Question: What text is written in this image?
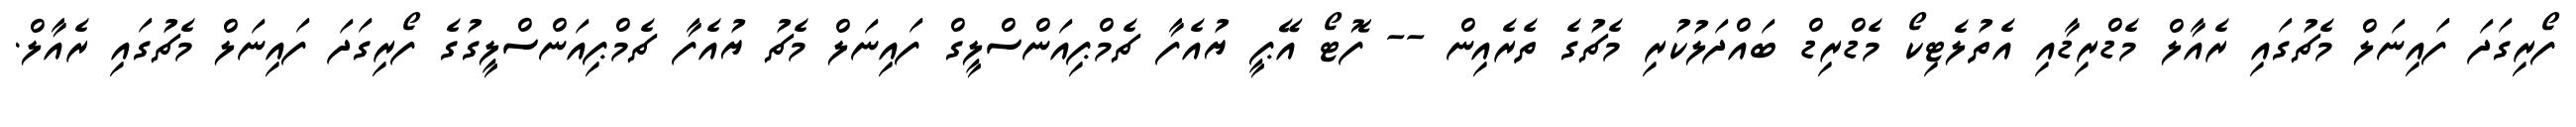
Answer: ފޯރިގަދަ ފައިނަލް މެޗުގައި ރެއާލް މެޑްރިޑާއި އެތުލެޓިކޯ މެޑްރިޑް ބައްދަލުކުރި މެޗުގެ ތެރެއިން -- ފޮޓޯ އޭޕީ ޔުއެފާ ޗެމްޕިއަންސްލީގް ފައިނަލް މެޗު ޔުއެފާ ޗެމްޕިއަންސްލީގުގެ ފޯރިގަދަ ފައިނަލް މެޗުގައި ރެއާލް.